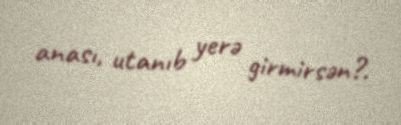
anası, utanıb yerə girmirsən?.